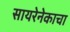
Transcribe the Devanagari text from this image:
सायरेनेकाचा